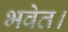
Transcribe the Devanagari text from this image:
भवेत।